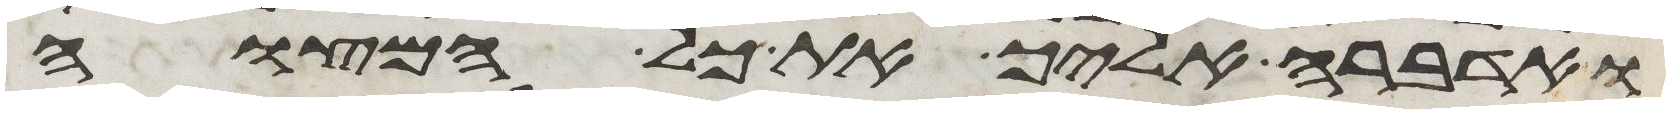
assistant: ואדברה אליך את כל המצוה